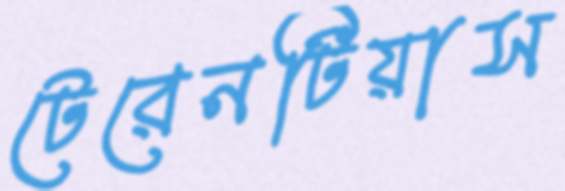
টেরেনটিয়াস